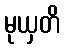
မုယှတိ